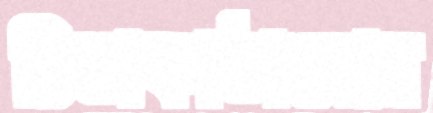
চিন্তাকাঠামোর